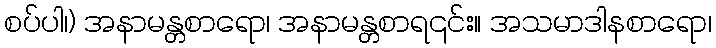
စပ်ပါ၊) အနာမန္တစာရော၊ အနာမန္တစာရ၎င်း။ အသမာဒါနစာရော၊